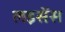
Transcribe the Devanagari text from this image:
लइसेंस